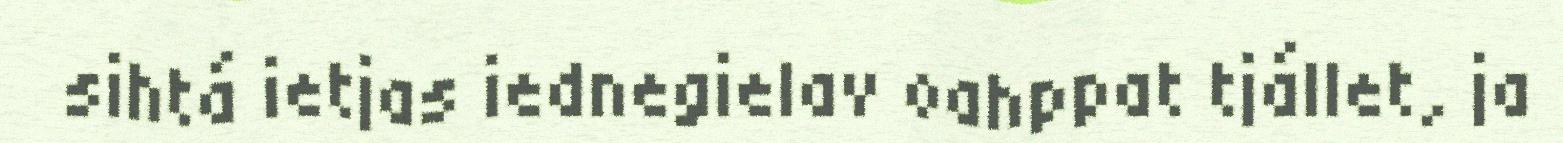
sihtá ietjas iednegielav oahppat tjállet, ja